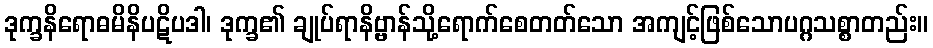
ဒုက္ခနိရောဓမိနိပဋိပဒါ၊ ဒုက္ခ၏ ချုပ်ရာနိဗ္ဗာန်သို့ရောက်စေတတ်သော အကျင့်ဖြစ်သောပဂ္ဂသစ္စာတည်း။